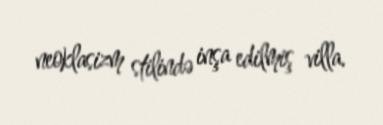
neoklasizm stilində inşa edilmiş villa.